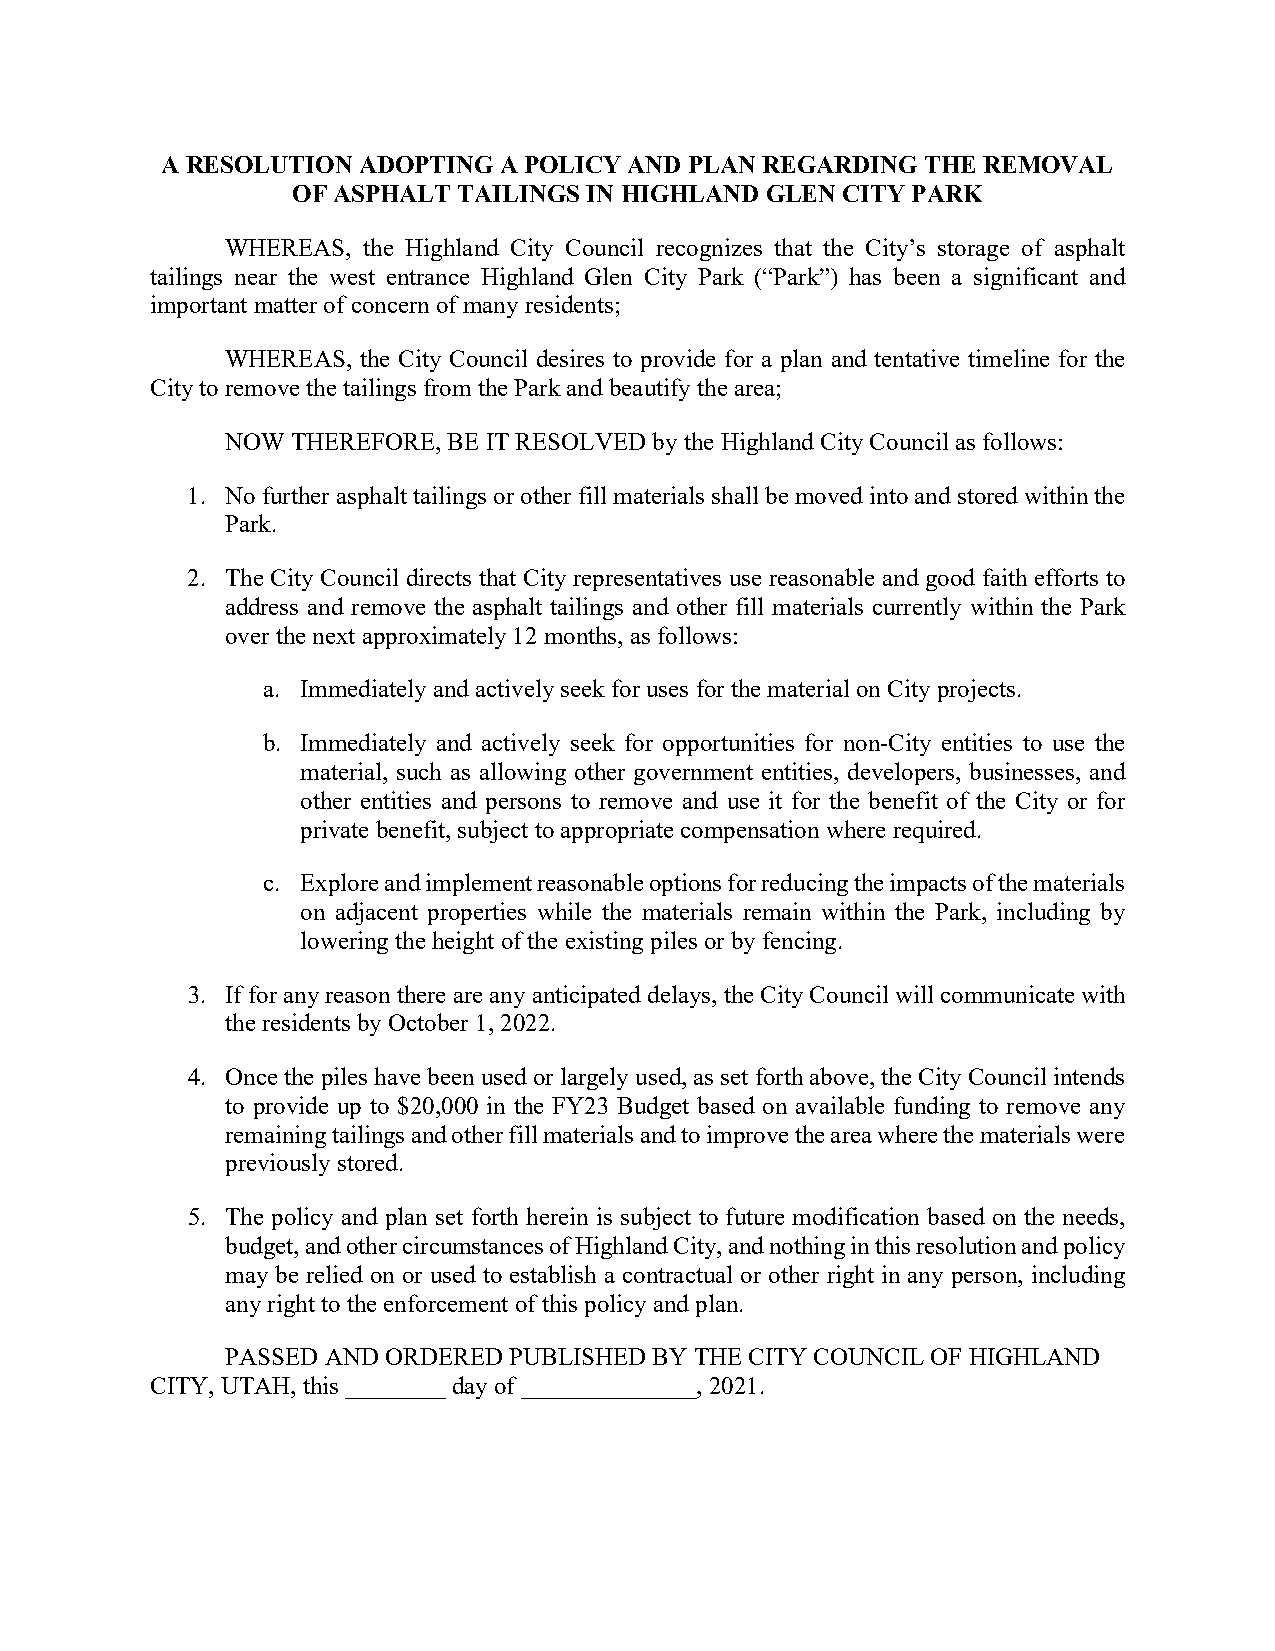
A RESOLUTION ADOPTING A POLICY AND PLAN REGARDING THE REMOVAL
 OF ASPHALT TAILINGS IN HIGHLAND GLEN CITY PARK
 WHEREAS, the Highland City Council recognizes that the City’s storage of asphalt
 tailings near the west entrance Highland Glen City Park (“Park”) has been a significant and
 important matter of concern of many residents;
 WHEREAS, the City Council desires to provide for a plan and tentative timeline for the
 City to remove the tailings from the Park and beautify the area;
 NOW THEREFORE, BE IT RESOLVED by the Highland City Council as follows:
 1. No further asphalt tailings or other fill materials shall be moved into and stored within the
 Park.
 2. The City Council directs that City representatives use reasonable and good faith efforts to
 address and remove the asphalt tailings and other fill materials currently within the Park
 over the next approximately 12 months, as follows:
 a. Immediately and actively seek for uses for the material on City projects.
 b. Immediately and actively seek for opportunities for non-City entities to use the
 material, such as allowing other government entities, developers, businesses, and
 other entities and persons to remove and use it for the benefit of the City or for
 private benefit, subject to appropriate compensation where required.
 c. Explore and implement reasonable options for reducing the impacts of the materials
 on adjacent properties while the materials remain within the Park, including by
 lowering the height of the existing piles or by fencing.
 3. If for any reason there are any anticipated delays, the City Council will communicate with
 the residents by October 1, 2022.
 4. Once the piles have been used or largely used, as set forth above, the City Council intends
 to provide up to $20,000 in the FY23 Budget based on available funding to remove any
 remaining tailings and other fill materials and to improve the area where the materials were
 previously stored.
 5. The policy and plan set forth herein is subject to future modification based on the needs,
 budget, and other circumstances of Highland City, and nothing in this resolution and policy
 may be relied on or used to establish a contractual or other right in any person, including
 any right to the enforcement of this policy and plan.
 PASSED AND ORDERED PUBLISHED BY THE CITY COUNCIL OF HIGHLAND
 CITY, UTAH, this ________ day of ______________, 2021.